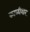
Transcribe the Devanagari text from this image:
काळीशार